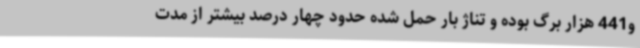
و441 هزار برگ بوده و تناژ بار حمل شده حدود چهار درصد بیشتر از مدت